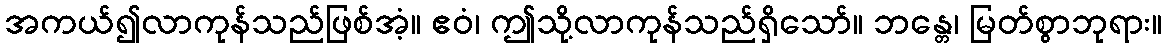
အကယ်၍လာကုန်သည်ဖြစ်အံ့။ ဧဝံ၊ ဤသို့လာကုန်သည်ရှိသော်။ ဘန္တေ၊ မြတ်စွာဘုရား။